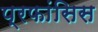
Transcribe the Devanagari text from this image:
प्रफांसिस